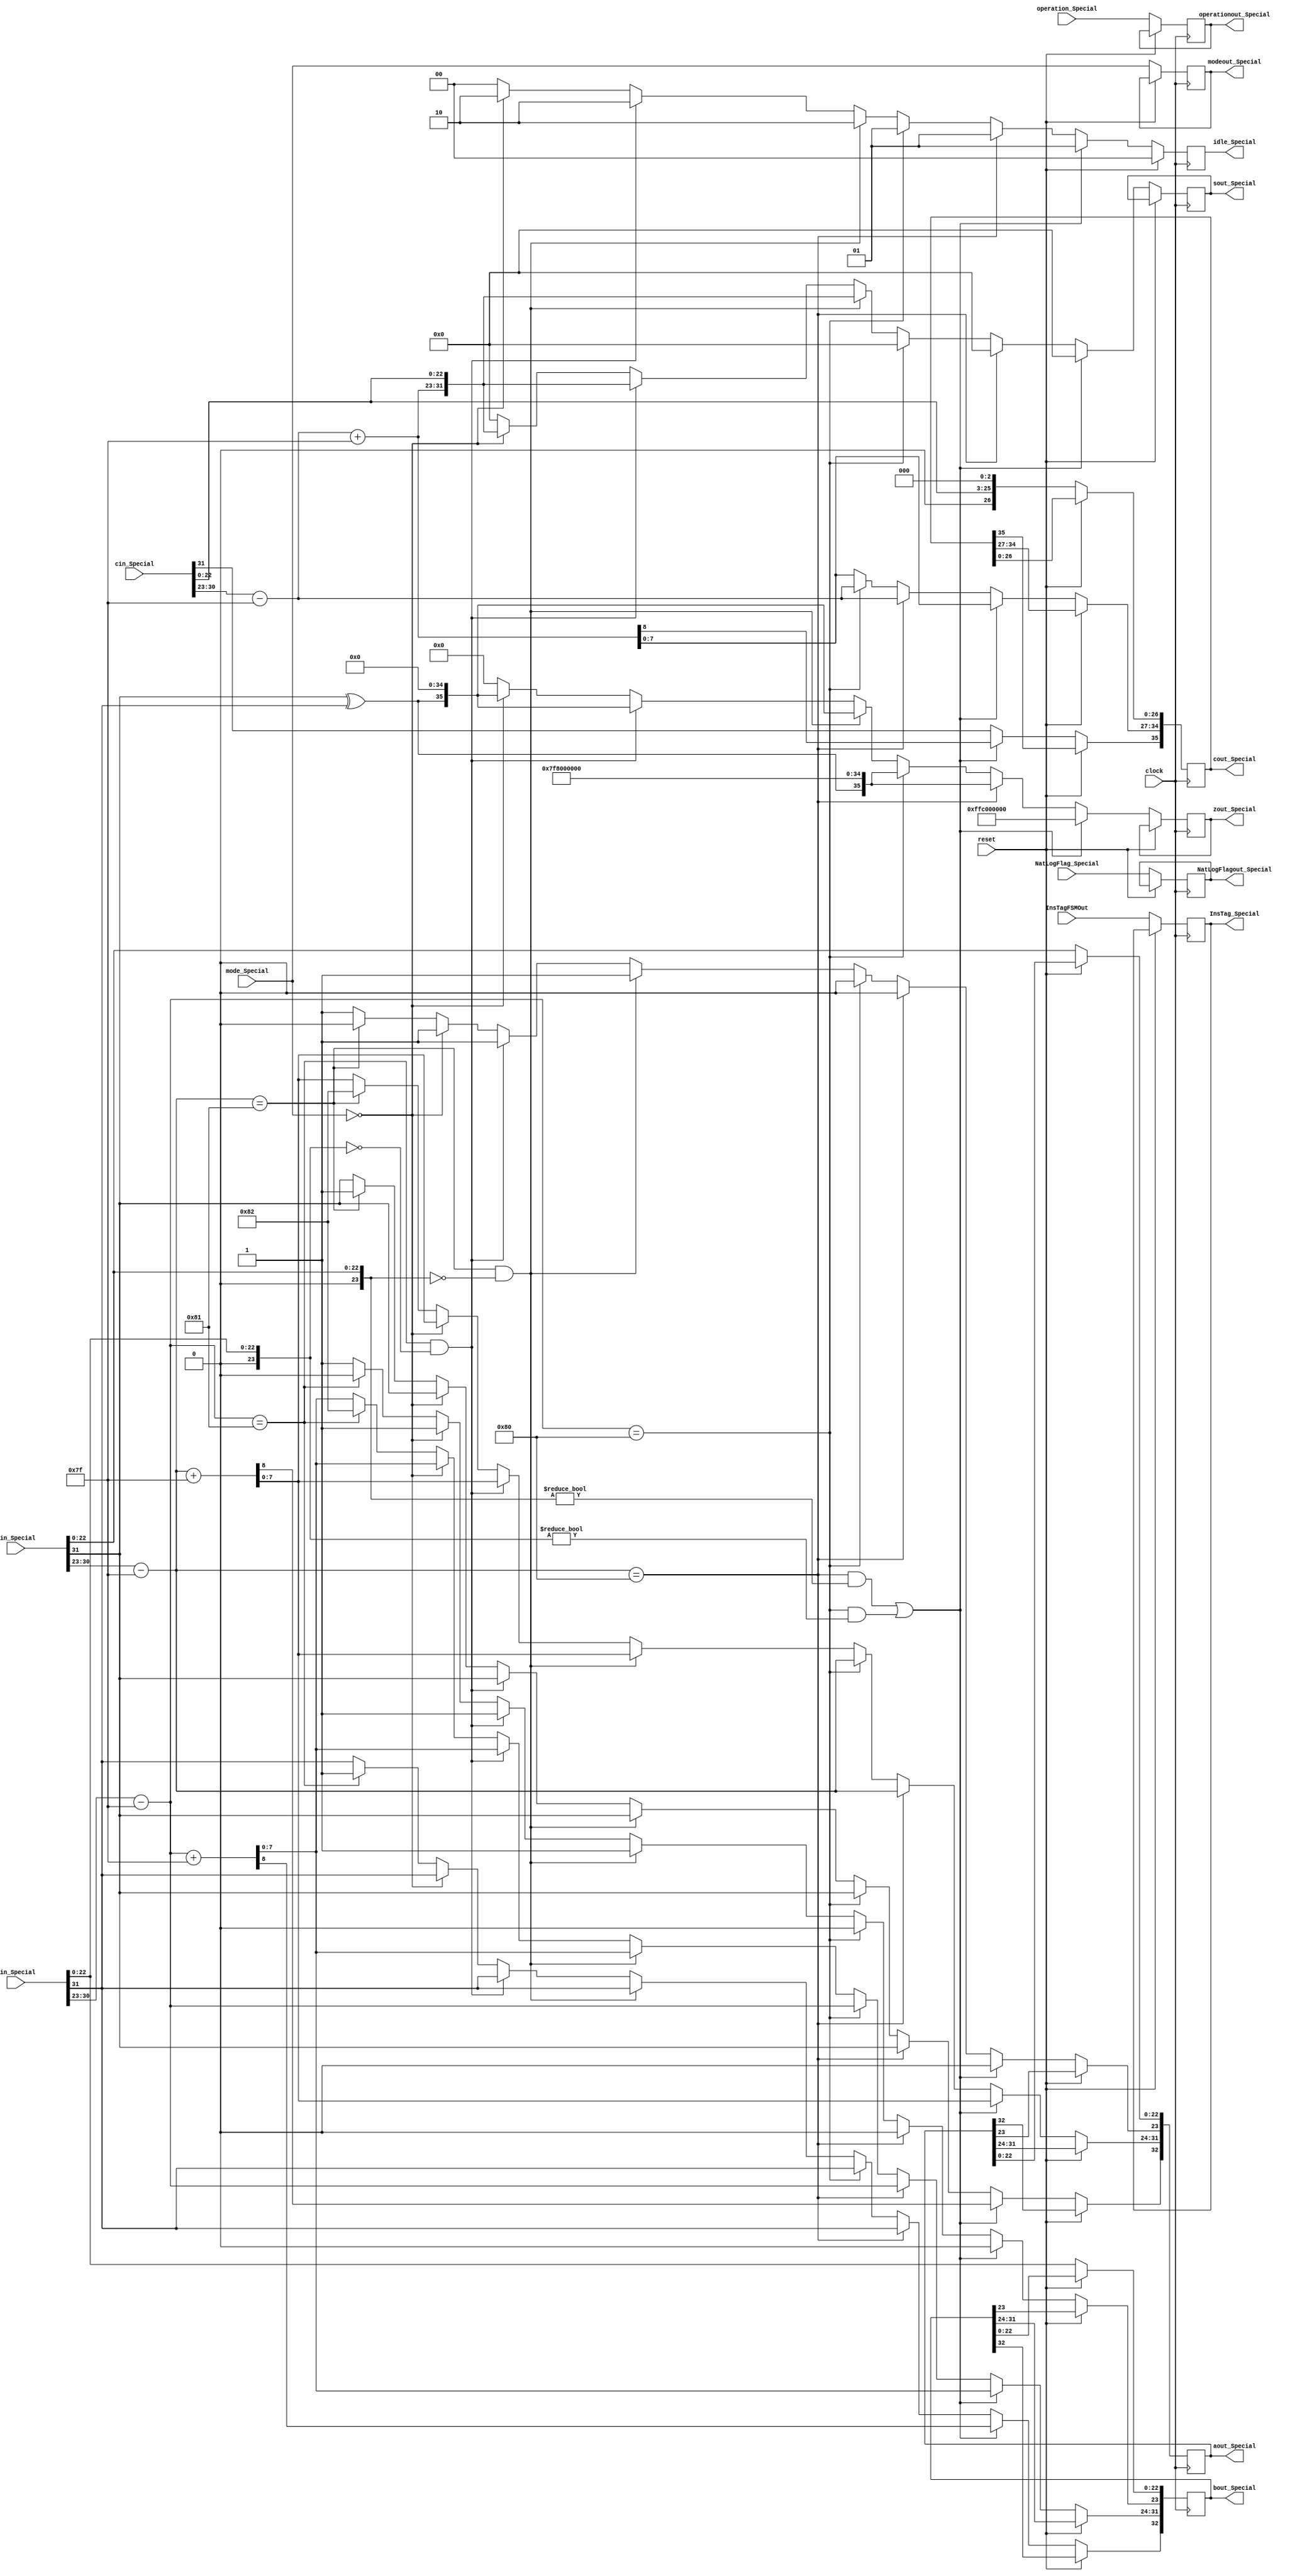
module SpecialCases(
	input [31:0] ain_Special,
	input [31:0] bin_Special,
	input [31:0] cin_Special,
	input [1:0] mode_Special,
	input operation_Special,
	input NatLogFlag_Special,
	input [7:0] InsTagFSMOut,
	input reset,
	input clock,
	output reg [1:0] idle_Special = 1'b00,
	output reg [32:0] aout_Special,
	output reg [32:0] bout_Special,
	output reg [35:0] cout_Special,
	output reg [35:0] zout_Special,
	output reg [31:0] sout_Special,
	output reg [1:0]  modeout_Special,
	output reg operationout_Special,
	output reg NatLogFlagout_Special,
	output reg [7:0] InsTag_Special
   );

wire a_sign;
wire [7:0] a_exponent;
wire [23:0] a_mantissa;

wire b_sign;
wire [7:0] b_exponent;
wire [23:0] b_mantissa;

wire c_sign;
wire [7:0] c_exponent;
wire [26:0] c_mantissa;

assign a_sign = ain_Special[31];
assign a_exponent = {ain_Special[30:23] - 127};
assign a_mantissa = {1'b0, ain_Special[22:0]};

assign b_sign = {bin_Special[31]};
assign b_exponent = {bin_Special[30:23] - 127};
assign b_mantissa = {1'b0, bin_Special[22:0]};

assign c_sign = {cin_Special[31]};
assign c_exponent = {cin_Special[30:23] - 127};
assign c_mantissa = {cin_Special[22:0],3'd0};

parameter no_idle = 2'b00,
			 allign_idle = 2'b01,
			 put_idle = 2'b10;

always @ (posedge clock)
begin
   
	if(reset == 1'b1) begin
		idle_Special <= 1'b00;
	end
	
	else begin
	InsTag_Special <= InsTagFSMOut;
	modeout_Special <= mode_Special;
	operationout_Special <= operation_Special;
	NatLogFlagout_Special <= NatLogFlag_Special;
	
	//if a is NaN or b is NaN return NaN 
   if ((a_exponent == 128 && a_mantissa != 0) || (b_exponent == 128 && b_mantissa != 0)) begin
		 idle_Special <= allign_idle;
		 aout_Special <= {a_sign,a_exponent+127,a_mantissa};
		 bout_Special <= {b_sign,b_exponent+127,b_mantissa};
		 cout_Special <= {c_sign,c_exponent+127,c_mantissa};
		 zout_Special <= {1'b1,8'd255,1'b1,26'd0};
		 sout_Special <= 0;
   //if a is inf return inf
   end else if (a_exponent == 128) begin
		 idle_Special <= allign_idle;
		 //if b is zero return NaN
       if ($signed(b_exponent == -127) && (b_mantissa == 0)) begin
			  idle_Special <= allign_idle;
			  aout_Special <= {a_sign,a_exponent,a_mantissa};
		     bout_Special <= {b_sign,b_exponent,b_mantissa};
		     cout_Special <= {c_sign,c_exponent,c_mantissa};
		     zout_Special <= {1'b1,8'd255,1'b1,26'd0};
		     sout_Special <= 0;
       end
		 else begin
				aout_Special <= {a_sign,a_exponent,a_mantissa};
				bout_Special <= {b_sign,b_exponent,b_mantissa};
				cout_Special <= {c_sign,c_exponent,c_mantissa};
				zout_Special <= {a_sign ^ b_sign,8'd255,27'd0};
				sout_Special <= 0;
		 end
   //if b is inf return inf
   end else if (b_exponent == 128) begin
		 idle_Special <= allign_idle;
		 aout_Special <= {a_sign,a_exponent,a_mantissa};
		 bout_Special <= {b_sign,b_exponent,b_mantissa};
		 cout_Special <= {c_sign,c_exponent,c_mantissa};
		 zout_Special <= {a_sign ^ b_sign,8'd255,27'd0};
		 sout_Special <= 0;
   //if a is zero return zero
   end else if (($signed(a_exponent) == -127) && (a_mantissa == 0)) begin
		 idle_Special <= put_idle;
		 aout_Special[32] <= a_sign; 
		 aout_Special[31:24] <= a_exponent+127;
		 aout_Special[23] <= 1'b1;
		 aout_Special[22:0] <= a_mantissa[22:0];
		 bout_Special[32] <= b_sign; 
		 bout_Special[31:24] <= b_exponent+127;
		 bout_Special[23] <= 1'b1;
		 bout_Special[22:0] <= b_mantissa[22:0];
		 cout_Special[35] <= c_sign; 
		 cout_Special[34:27] <= c_exponent+127;
		 cout_Special[26:0] <= c_mantissa[26:0];
		 zout_Special <= {a_sign ^ b_sign,8'd0,27'd0};
		 sout_Special <= {c_sign,c_exponent + 127,c_mantissa[25:3]};
   //if b is zero return zero
   end else if (($signed(b_exponent) == -127) && (b_mantissa == 0)) begin
		 aout_Special[32] <= a_sign; 
		 aout_Special[31:24] <= a_exponent+127;
		 aout_Special[23] <= 1'b1;
		 aout_Special[22:0] <= a_mantissa[22:0];
		 bout_Special[32] <= b_sign; 
		 bout_Special[31:24] <= b_exponent+127;
		 bout_Special[23] <= 1'b1;
		 bout_Special[22:0] <= b_mantissa[22:0];
		 cout_Special[35] <= c_sign; 
		 cout_Special[35] <= c_sign; 
		 cout_Special[34:27] <= c_exponent+127;
		 cout_Special[26:0] <= c_mantissa[26:0];
		 zout_Special <= {a_sign ^ b_sign,8'd0,27'd0};
		 sout_Special <= {c_sign,c_exponent + 127,c_mantissa[25:3]};		 
		 idle_Special <= put_idle;
   // If mode is linear, return 0 for product
	end else if (mode_Special == 2'b00) begin
		 idle_Special <= put_idle;
		 aout_Special[32] <= a_sign; 
		 aout_Special[31:24] <= a_exponent+127;
		 aout_Special[23] <= 1'b1;
		 aout_Special[22:0] <= a_mantissa[22:0];
		 bout_Special[32] <= b_sign; 
		 bout_Special[31:24] <= b_exponent+127;
		 bout_Special[23] <= 1'b1;
		 bout_Special[22:0] <= b_mantissa[22:0];
		 cout_Special[35] <= c_sign; 
		 cout_Special[34:27] <= c_exponent+127;
		 cout_Special[26:0] <= c_mantissa[26:0];
		 zout_Special <= {a_sign ^ b_sign,8'd0,27'd0};
		 sout_Special <= {c_sign,c_exponent + 127,c_mantissa[25:3]};
   end else begin
       //Denormalised Number
		 cout_Special[35] <= c_sign; 
		 cout_Special[34:27] <= c_exponent+127;
		 cout_Special[26:0] <= c_mantissa[26:0];
		 zout_Special <= 0;
		 sout_Special <= 0;
		 idle_Special <= no_idle;
       if ($signed(a_exponent) == -127) begin
           aout_Special <= {a_sign,-126,a_mantissa};
       end else begin
			  aout_Special[32] <= a_sign; 
			  aout_Special[31:24] <= a_exponent+127;
			  aout_Special[23] <= 1'b1;
			  aout_Special[22:0] <= a_mantissa[22:0];
       end
       //Denormalised Number
       if ($signed(b_exponent) == -127) begin
           bout_Special <= {b_sign,-126,b_mantissa};
       end else begin
			  bout_Special[32] <= b_sign; 
			  bout_Special[31:24] <= b_exponent+127;
			  bout_Special[23] <= 1'b1;
			  bout_Special[22:0] <= b_mantissa[22:0];
       end
   end
	end
end

endmodule